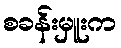
စခန်းမှူးက